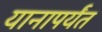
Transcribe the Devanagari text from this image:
यानापर्यंत